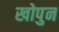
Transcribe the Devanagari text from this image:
खोपुन